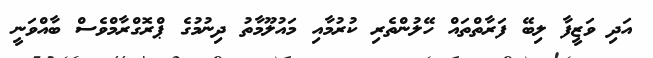
އަދި ވަޒީފާ ލިބޭ ފަރާތްތައް ހޭލުންތެރި ކުރުމާއި މައުލޫމާތު ދިނުމުގެ ޕްރޮގްރާމްވެސް ބާއްވަނީ